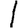
Digit: 1